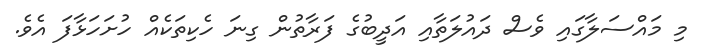
މި މައްސަލާގައި ވެސް ދައުލަތާއި އަދީބުގެ ފަރާތުން ގިނަ ހެކިތަކެއް ހުށަހަޅާފަ އެވެ.